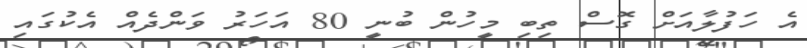
އެ ހަފުލާއަށް ގޮސް ތިބި މީހުން ބުނީ 80 އަހަރު ވަންދެއް އެކުގައި